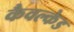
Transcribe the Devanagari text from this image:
कैवल्केड